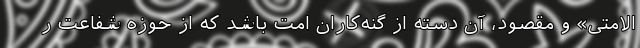
الامتی» و مقصود، آن دسته از گنه‌کاران امت باشد که از حوزه شفاعت ر